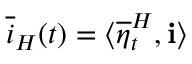
\overline { { i } } _ { H } ( t ) = \langle \overline { { \eta } } _ { t } ^ { H } , \mathbf { i } \rangle